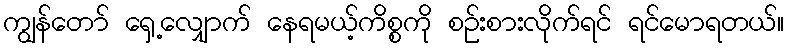
ကျွန်တော် ရှေ့လျှောက် နေရမယ့်ကိစ္စကို စဉ်းစားလိုက်ရင် ရင်မောရတယ်။